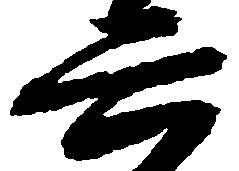
六